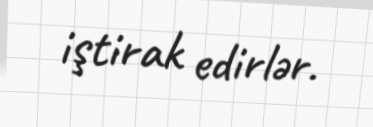
iştirak edirlər.